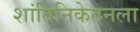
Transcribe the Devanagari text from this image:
शांतिनिकेतनला